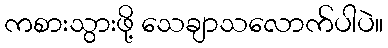
ကစားသွားဖို့ သေချာသလောက်ပါပဲ။